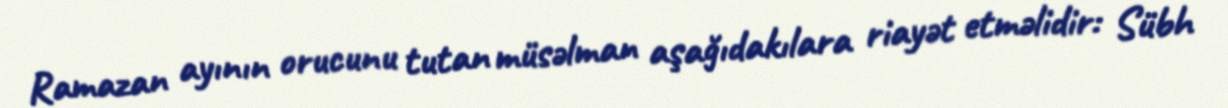
Ramazan ayının orucunu tutan müsəlman aşağıdakılara riayət etməlidir: Sübh